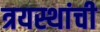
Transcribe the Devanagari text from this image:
त्रयस्थांची